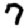
Digit: 7